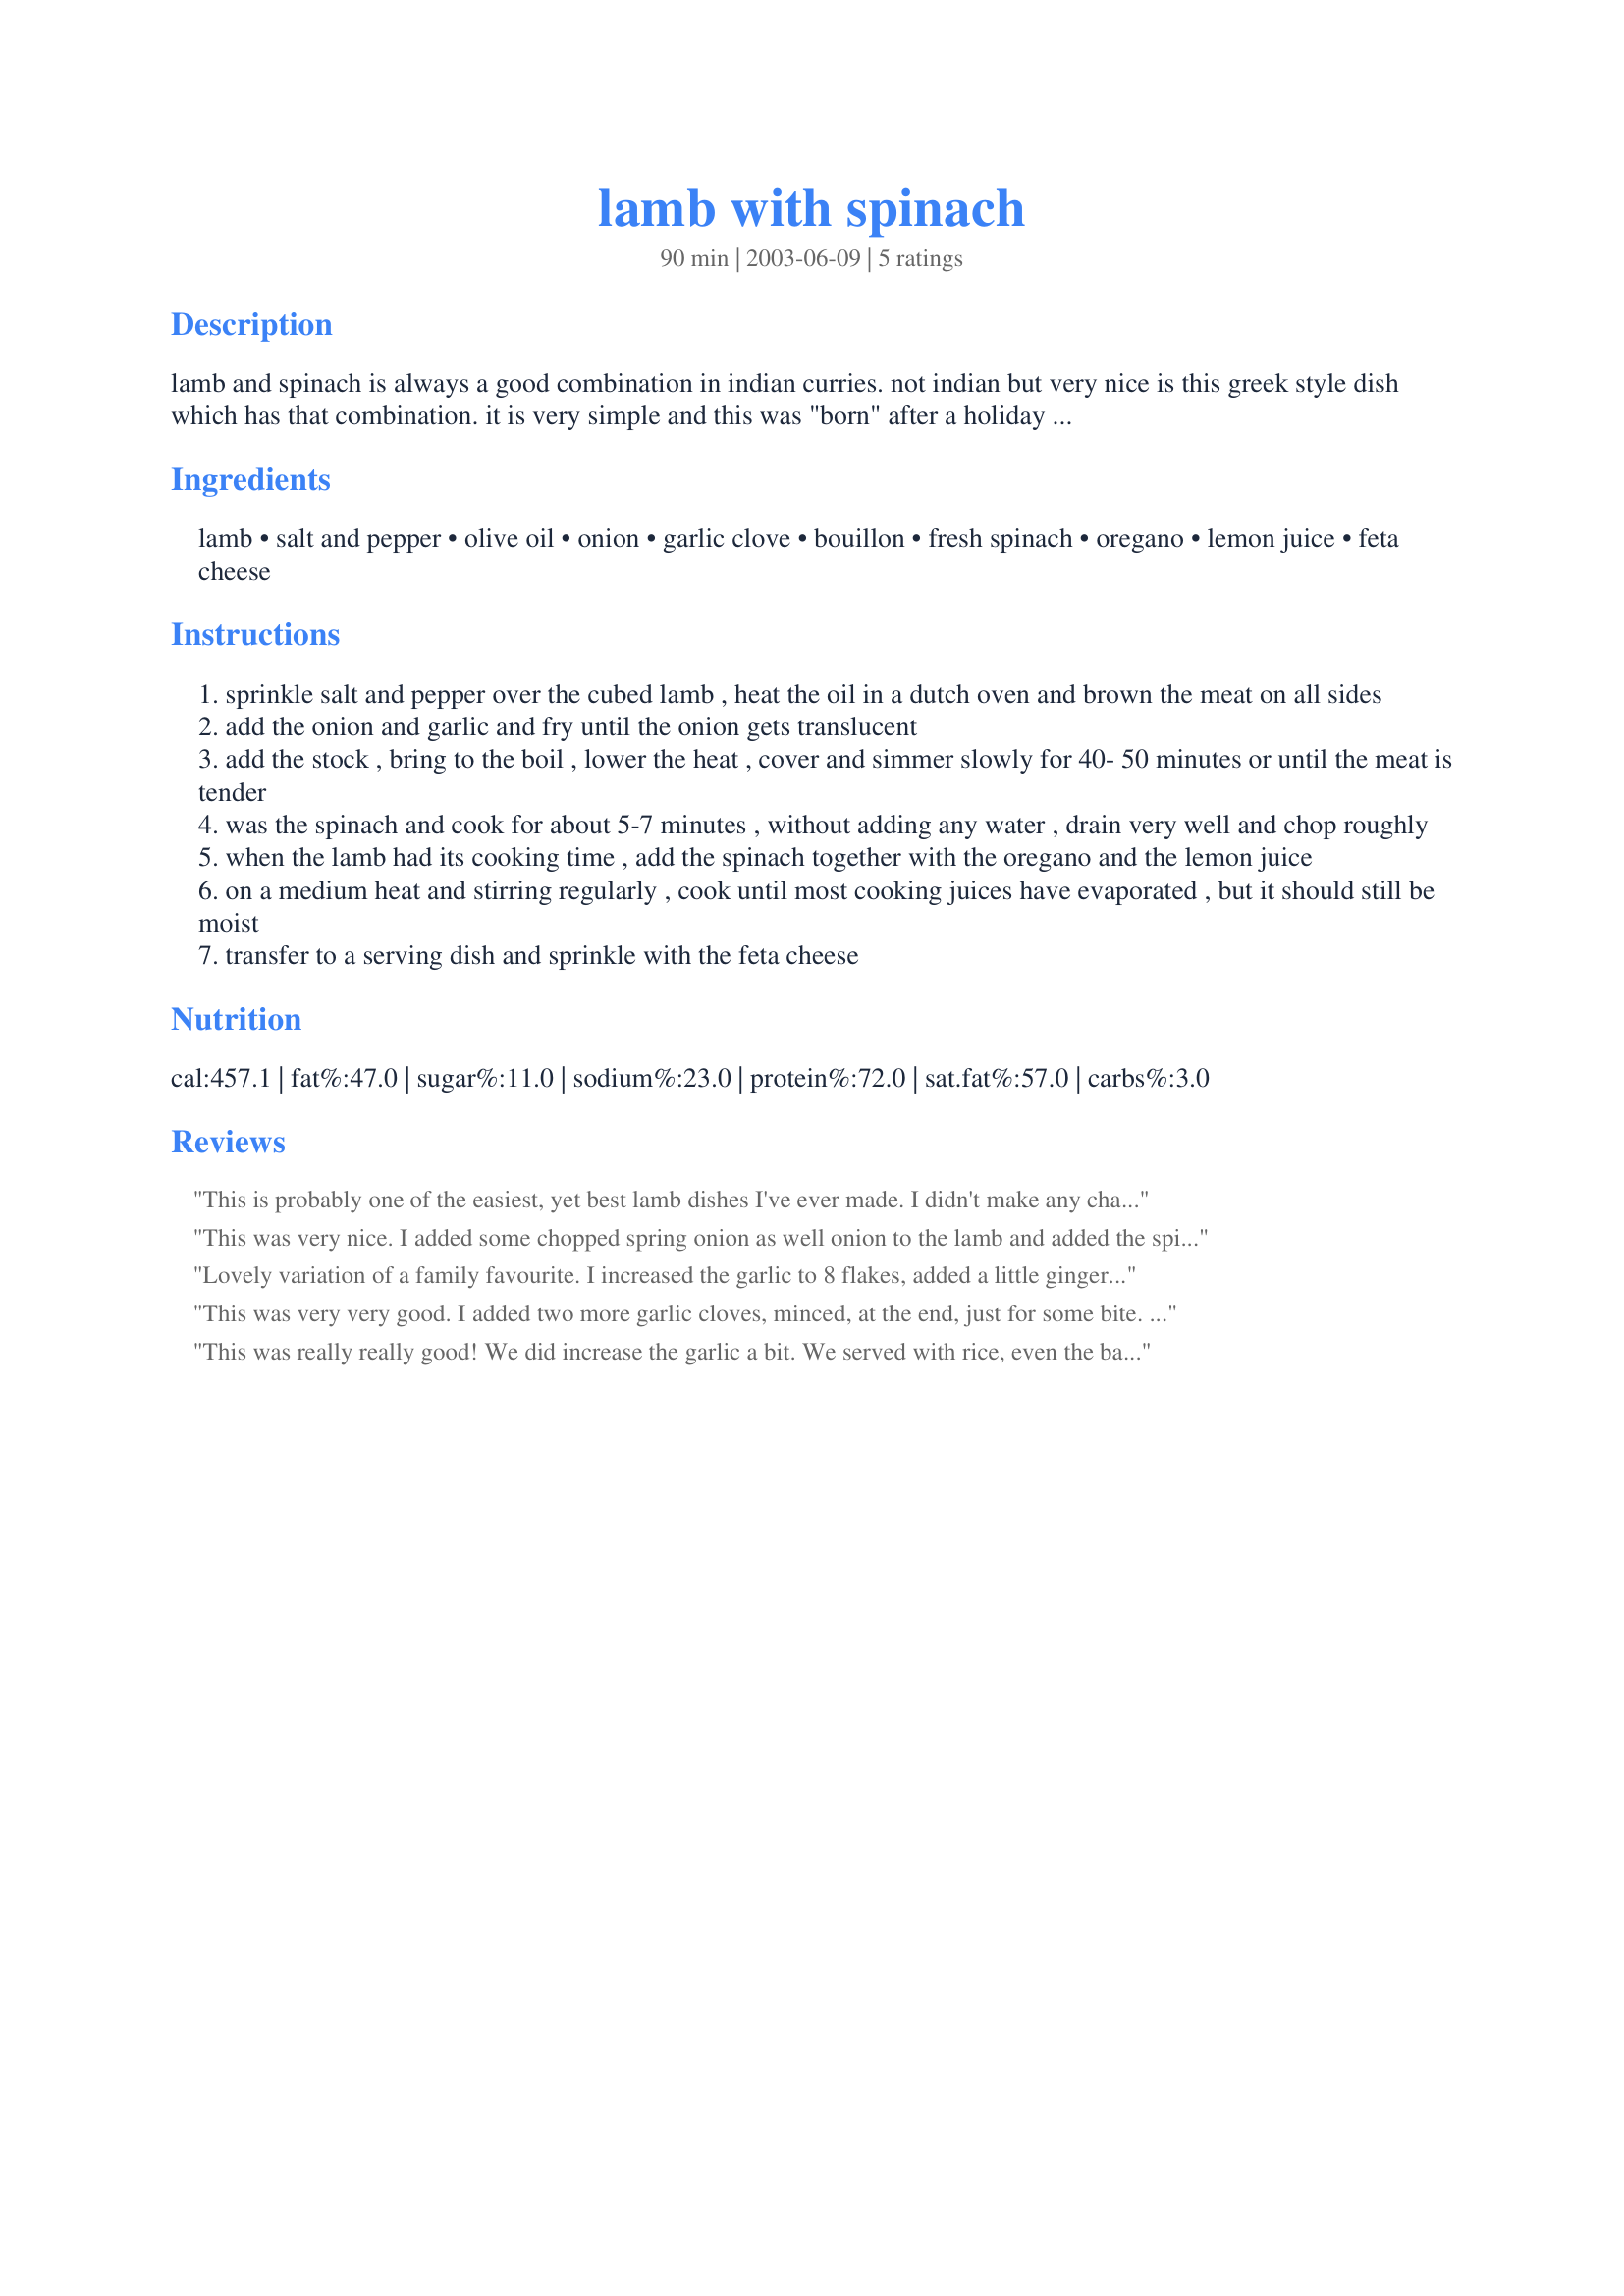
lamb with spinach
Preparation time: 90 minutes

lamb and spinach is always a good combination in indian curries. not indian but very nice is this greek style dish which has that combination. it is very simple and this was "born" after a holiday in greece and trying to re-create the taste and with that the memories of a holiday! my husband likes this with rice, i prefer it with orzo.

Ingredients:
lamb, salt and pepper, olive oil, onion, garlic clove, bouillon, fresh spinach, oregano, lemon juice, feta cheese

Steps:
sprinkle salt and pepper over the cubed lamb , heat the oil in a dutch oven and brown the meat on all sides
add the onion and garlic and fry until the onion gets translucent
add the stock , bring to the boil , lower the heat , cover and simmer slowly for 40- 50 minutes or until the meat is tender
was the spinach and cook for about 5-7 minutes , without adding any water , drain very well and chop roughly
when the lamb had its cooking time , add the spinach together with the oregano and the lemon juice
on a medium heat and stirring regularly , cook until most cooking juices have evaporated , but it should still be moist
transfer to a serving dish and sprinkle with the feta cheese

Reviews:
This is probably one of the easiest, yet best lamb dishes I've ever made. I didn't make any changes to the recipe and I was very pleased. The feta cheese sprinkle was like icing on the cake. I will make this again and maybe add some sliced mushrooms to it. Thanx for a versatile, easy and tasty dish. Your memory lives on.
This was very nice. I added some chopped spring onion as well onion to the lamb and added the spinach raw (washed, drained and roughly chopped). There was a lot of juice so I added in 1/4 cup of rice, making the recipe a bit more like a Greek lamb fricasse. My husband and I liked it but the kids were less enthusiastic sadly. A nice dish if your family eats spinach.
Lovely variation of a family favourite. I increased the garlic to 8 flakes, added a little ginger (by force of habit) and used homemade feta cheese. Confess to having used a little chopped green chilli too :(. Very Very nice Pets!! Will be making it again. :) Fay
This was very very good. I added two more garlic cloves, minced, at the end, just for some bite. Otherwise, made it exactly as stated. My family loved it. Next time (and there will be a next time), I'll increase the amount of spinach.
This was really really good! We did increase the garlic a bit. We served with rice, even the baby loved it!
